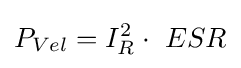
P_{Vel}=I_{R}^{2}\cdot \ ESR